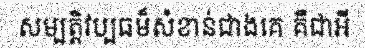
សម្បត្តិវប្បធម៏សំខាន់ជាងគេ គឺជាអី